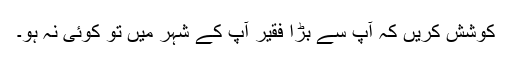
کوشش کریں کہ آپ سے بڑا فقیر آپ کے شہر میں تو کوئی نہ ہو۔